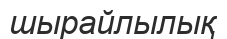
шырайлылық